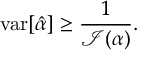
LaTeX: \operatorname { v a r } [ { \hat { \alpha } } ] \geq { \frac { 1 } { { \mathcal { I } } ( \alpha ) } } .